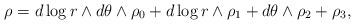
LaTeX: \begin{align*}\rho = d\log r \wedge d\theta \wedge \rho_0 + d\log r \wedge \rho_1 + d\theta \wedge \rho_2 + \rho_3,\end{align*}